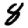
Digit: 8